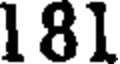
181